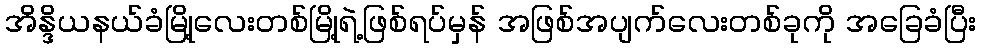
အိန္ဒိယနယ်ခံမြို့လေးတစ်မြို့ရဲ့ဖြစ်ရပ်မှန် အဖြစ်အပျက်လေးတစ်ခုကို အခြေခံပြီး